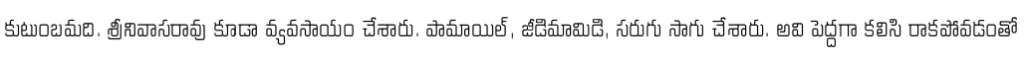
కుటుంబమది. శ్రీనివాసరావు కూడా వ్యవసాయం చేశారు. పామాయిల్, జీడిమామిడి, సరుగు సాగు చేశారు. అవి పెద్దగా కలిసి రాకపోవడంతో